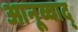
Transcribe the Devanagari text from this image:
आनूव्वाद्